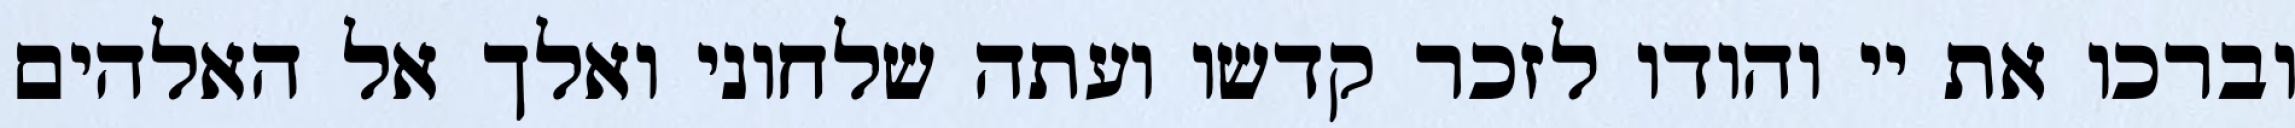
וברכו את יי והודו לזכר קדשו ועתה שלחוני ואלך אל האלהים